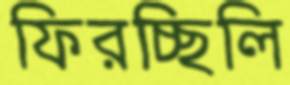
ফিরচ্ছিলি